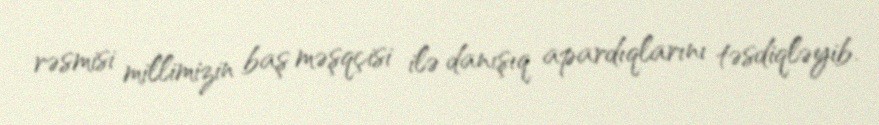
rəsmisi millimizin baş məşqçisi ilə danışıq apardıqlarını təsdiqləyib.